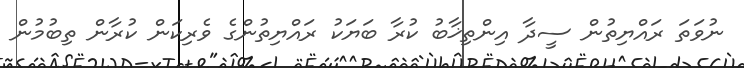
ނުވަތަ ރައްޔިތުން ސީދާ އިންތިޚާބު ކުރާ ބަޔަކު ރައްޔިތުންގެ ވެރިކަން ކުރާން ތިބުމުން